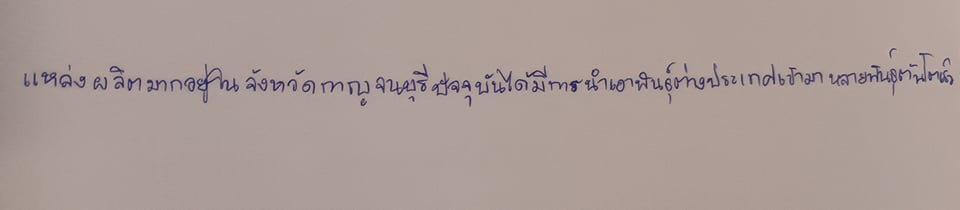
แหล่งผลิตมากอยู่ในจังหวัดกาญจนบุรีปัจจุบันได้มีการนำเอาพันธุ์ต่างประเทศเข้ามาหลายพันธุ์ต้นโตเร็ว